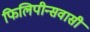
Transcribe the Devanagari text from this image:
फिलिपीन्सवासी